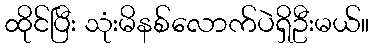
ထိုင်ပြီး သုံးမိနစ်လောက်ပဲရှိဦးမယ်။